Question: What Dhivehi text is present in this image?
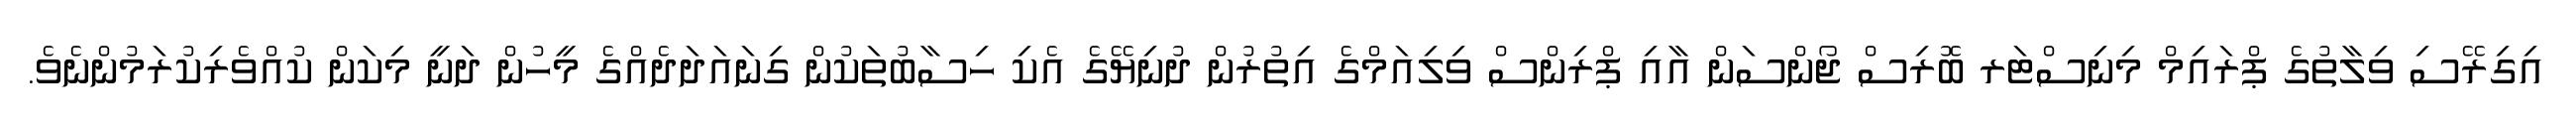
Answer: އިގިރޭސި ވިލާތުގެ ޕްރައިމް މިނިސްޓަރ ބޮރިސް ޖޯންސަން އާއި ޕްރިންސް ވިލިއަމްގެ އިތުރުން ދުނިޔޭގެ އެކި ހިސާބުތަކުން ގިނައަދަދެއްގެ މީހުން ދަނީ މިކަން ކުއްވެރިކުރަމުންނެވެ.